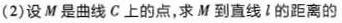
2)设M是曲线C上的点，求M到直线l的距离的